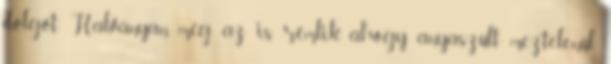
dolgot. Halványan még az is rémlik, ahogy anyaszült meztelenül